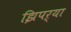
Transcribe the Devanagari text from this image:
झिपऱ्या